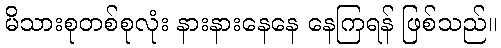
မိသားစုတစ်စုလုံး နားနားနေနေ နေကြရန် ဖြစ်သည်။